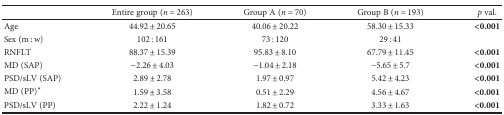
<table><thead><tr><td></td><td><b>Entire group (<i>n</i> = 263)</b></td><td><b>Group A (<i>n</i> = 70)</b></td><td><b>Group B (<i>n</i> = 193)</b></td><td><b><i>p</i> val.</b></td></tr></thead><tbody><tr><td>Age</td><td>44.92 ± 20.65</td><td>40.06 ± 20.22</td><td>58.30 ± 15.33</td><td><b>&lt;0.001</b></td></tr><tr><td>Sex (m : w)</td><td>102 : 161</td><td>73 : 120</td><td>29 : 41</td><td></td></tr><tr><td>RNFLT</td><td>88.37 ± 15.39</td><td>95.83 ± 8.10</td><td>67.79 ± 11.45</td><td><b>&lt;0.001</b></td></tr><tr><td>MD (SAP)</td><td>−2.26 ± 4.03</td><td>−1.04 ± 2.18</td><td>−5.65 ± 5.7</td><td><b>&lt;0.001</b></td></tr><tr><td>PSD/sLV (SAP)</td><td>2.89 ± 2.78</td><td>1.97 ± 0.97</td><td>5.42 ± 4.23</td><td><b>&lt;0.001</b></td></tr><tr><td>MD (PP)<sup>∗</sup></td><td>1.59 ± 3.58</td><td>0.51 ± 2.29</td><td>4.56 ± 4.67</td><td><b>&lt;0.001</b></td></tr><tr><td>PSD/sLV (PP)</td><td>2.22 ± 1.24</td><td>1.82 ± 0.72</td><td>3.33 ± 1.63</td><td><b>&lt;0.001</b></td></tr></tbody></table>